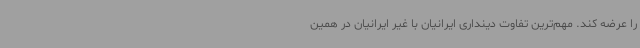
را عرضه کند. مهم‌ترین تفاوت دینداری ایرانیان با غیر ایرانیان در همین